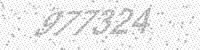
Solution: 977324